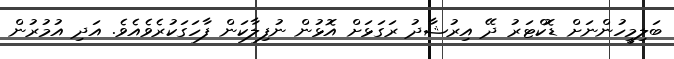
ބަލިމީހުންނަށް ޑޮކްޓަރު ދޭ އިރުޝާދު ރަގަޅަށް އޮޅުން ނުފިލާކަން ފާހަގަކުރެވެއެވެ. އަދި އުމުރުން